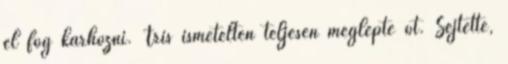
el fog kárhozni. Tris ismételten teljesen meglepte őt. Sejtette,